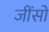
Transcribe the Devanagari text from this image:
जींसों